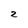
Character: 2